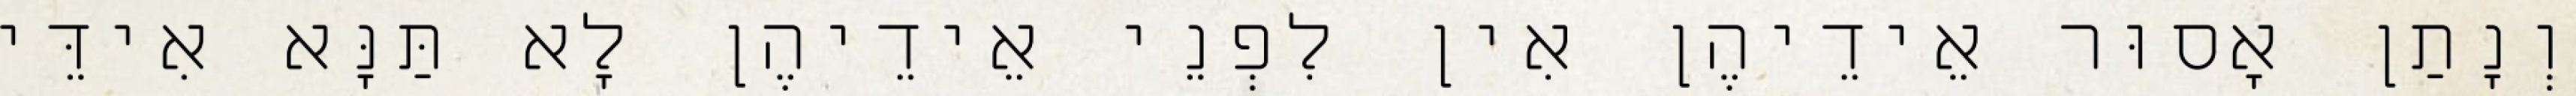
וְנָתַן אָסוּר אֵידֵיהֶן אִין לִפְנֵי אֵידֵיהֶן לָא תַּנָּא אִידֵּי